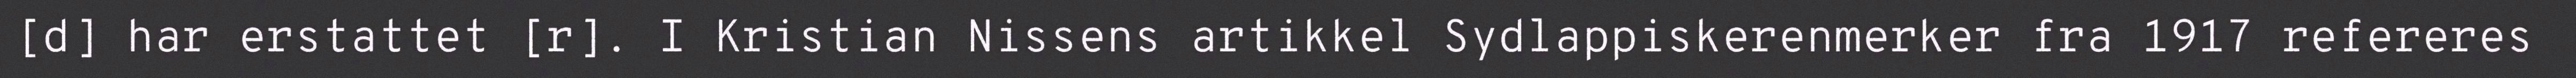
[d] har erstattet [r]. I Kristian Nissens artikkel Sydlappiskerenmerker fra 1917 refereres